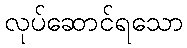
လုပ်ဆောင်ရသော